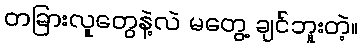
တခြားလူတွေနဲ့လဲ မတွေ့ ချင်ဘူးတဲ့။